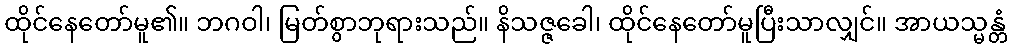
ထိုင်နေတော်မူ၏။ ဘဂဝါ၊ မြတ်စွာဘုရားသည်။ နိသဇ္ဇခေါ၊ ထိုင်နေတော်မူပြီးသာလျှင်။ အာယသ္မန္တံ